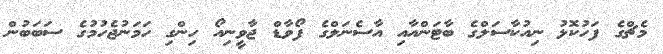
މެޗްގެ ފަހުކޮޅު ނިއުކާސަލްގެ ބާޓަންއާއި އާސެނަލްގެ ފޯވާޑް ޖާވީނިއޯ ހިންގި ހަމަނުޖެހުމުގެ ސަބަބުން